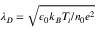
\lambda _ { D } = \sqrt { \epsilon _ { 0 } k _ { B } T _ { i } / n _ { 0 } e ^ { 2 } }